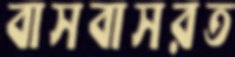
বাসবাসরত